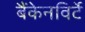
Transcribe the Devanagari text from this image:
बैंकेनविर्टे